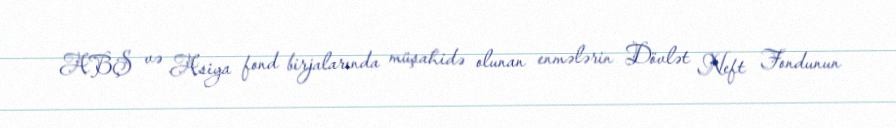
ABŞ və Asiya fond birjalarında müşahidə olunan enmələrin Dövlət Neft Fondunun